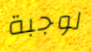
لوجبة